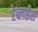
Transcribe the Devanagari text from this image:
रेब्लाईस